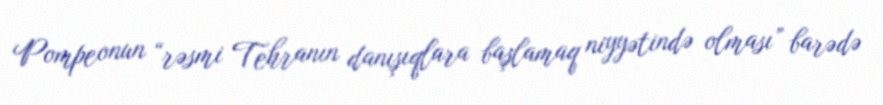
Pompeonun “rəsmi Tehranın danışıqlara başlamaq niyyətində olması” barədə